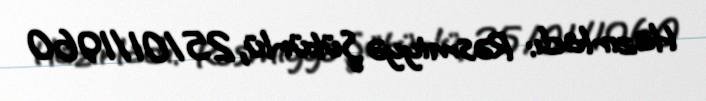
Hazırladı: Rəsmiyyə Şükürlü, 25/01/1960